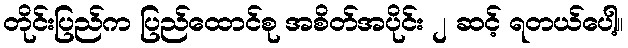
တိုင်းပြည်က ပြည်ထောင်စု အစိတ်အပိုင်း ၂ ဆင့် ရတယ်ပေါ့။